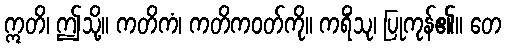
ဣတိ၊ ဤသို့။ ကတိကံ၊ ကတိကဝတ်ကို။ ကရိံသု၊ ပြုကုန်၏။ တေ